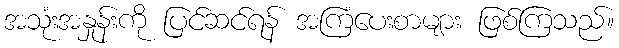
အသုံးအနှုန်းကို ပြင်ဆင်ရန် အကြံပေးစာများ ဖြစ်ကြသည်။